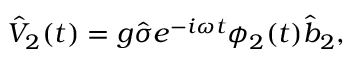
\hat { V } _ { 2 } ( t ) = g \hat { \sigma } e ^ { - i \omega t } \phi _ { 2 } ( t ) \hat { b } _ { 2 } ,